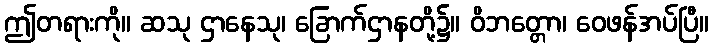
ဤတရားကို။ ဆသု ဌာနေသု၊ ခြောက်ဌာနတို့၌။ ဝိဘတ္တော၊ ဝေဖန်အပ်ပြီ။